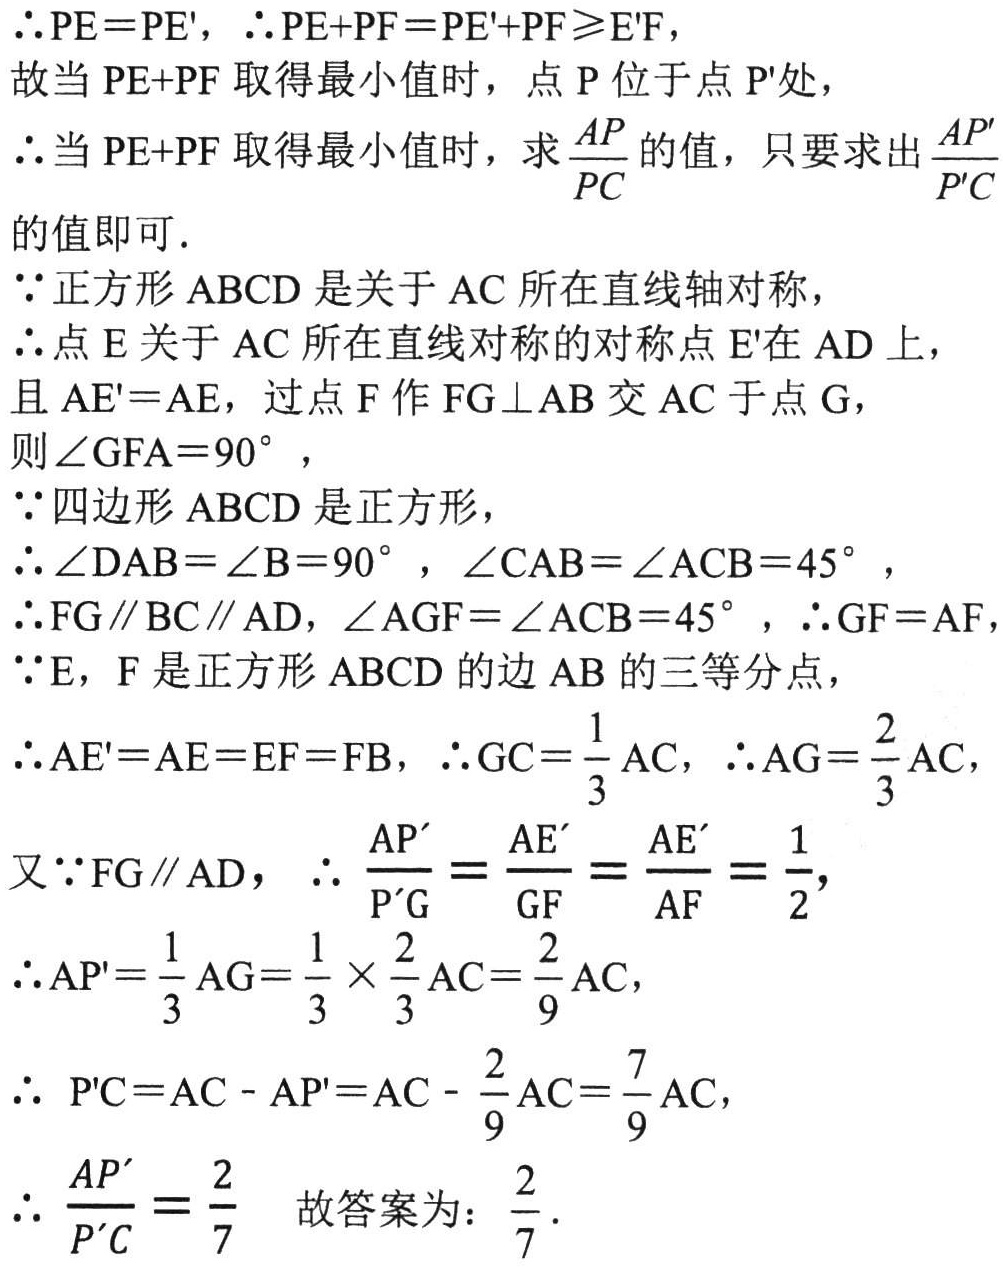
\(\therefore PE = PE'\)，\(\therefore PE + PF = PE' + PF\geqslant E'F\)，

故当\(PE + PF\)取得最小值时，点\(P\)位于点\(P'\)处，

\(\therefore\)当\(PE + PF\)取得最小值时，求\(\frac{AP}{PC}\)的值，只要求出\(\frac{AP'}{P'C}\)的值即可．

\(\because\)正方形\(ABCD\)是关于\(AC\)所在直线轴对称，

\(\therefore\)点\(E\)关于\(AC\)所在直线对称的对称点\(E'\)在\(AD\)上，

且\(AE' = AE\)，过点\(F\)作\(FG\perp AB\)交\(AC\)于点\(G\)，

则\(\angle GFA = 90^{\circ}\)，

\(\because\)四边形\(ABCD\)是正方形，

\(\therefore\angle DAB=\angle B = 90^{\circ}\)，\(\angle CAB=\angle ACB = 45^{\circ}\)，

\(\therefore FG\parallel BC\parallel AD\)，\(\angle AGF=\angle ACB = 45^{\circ}\)，\(\therefore GF = AF\)

\(\because E\)，\(F\)是正方形\(ABCD\)的边\(AB\)的三等分点，

\(\therefore AE' = AE = EF = FB\)，\(\therefore GC=\frac{1}{3}AC\)，\(\therefore AG=\frac{2}{3}AC\)，

又\(\because FG\parallel AD\)，\(\therefore \frac{AP'}{P'G}=\frac{AE'}{GF}=\frac{AE'}{AF}=\frac{1}{2}\)，

\(\therefore AP'=\frac{1}{3}AG=\frac{1}{3}\times\frac{2}{3}AC=\frac{2}{9}AC\)，

\(\therefore P'C = AC - AP' = AC-\frac{2}{9}AC=\frac{7}{9}AC\)，

\(\therefore \frac{AP'}{P'C}=\frac{2}{7}\) 故答案为：\(\frac{2}{7}\)．